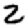
Digit: 2